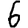
Digit: 6